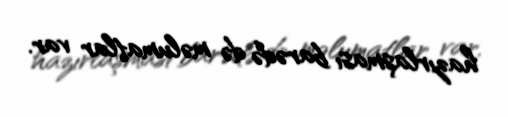
hazırlaşması barədə də məlumatlar var.